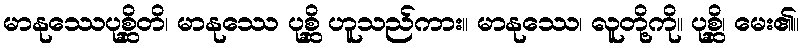
မာနုဿေပုစ္ဆိတိ၊ မာနုဿေ ပုစ္ဆိ ဟူသည်ကား။ မာနုဿေ၊ လူတို့ကို။ ပုစ္ဆိ၊ မေး၏။